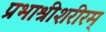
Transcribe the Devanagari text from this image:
प्रभाश्रीशरीरम्